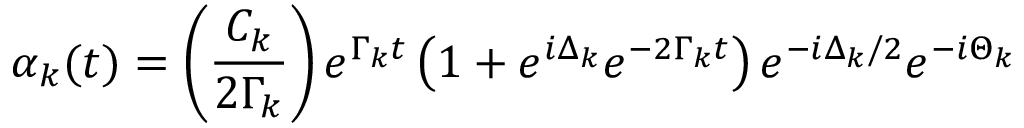
\alpha _ { k } ( t ) = \left( \frac { C _ { k } } { 2 \Gamma _ { k } } \right) e ^ { \Gamma _ { k } t } \left( 1 + e ^ { i \Delta _ { k } } e ^ { - 2 \Gamma _ { k } t } \right) e ^ { - i \Delta _ { k } / 2 } e ^ { - i \Theta _ { k } }